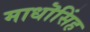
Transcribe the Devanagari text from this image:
माधॊसिंह